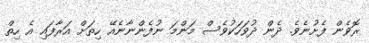
ރޮވެން ފެށުނެވެ. ދެން ދުވަހަކުވެސް މަންމަ ނުފެންނާނެއޭ ހިތަށް އަރާފައި އެ ހިތް